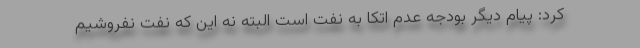
کرد: پیام دیگر بودجه عدم اتکا به نفت است البته نه این که نفت نفروشیم